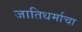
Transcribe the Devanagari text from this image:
जातिधर्माचा